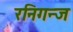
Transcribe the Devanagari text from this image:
रनिगन्ज